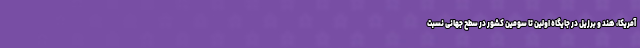
آمریکا، هند و برزیل در جایگاه اولین تا سومین کشور در سطح جهانی نسبت